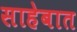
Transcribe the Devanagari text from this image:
साहेबात